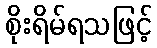
စိုးရိမ်ရသဖြင့်